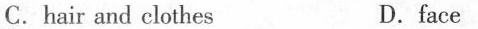
C.hair and clothes D.face